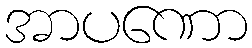
အာပဏော